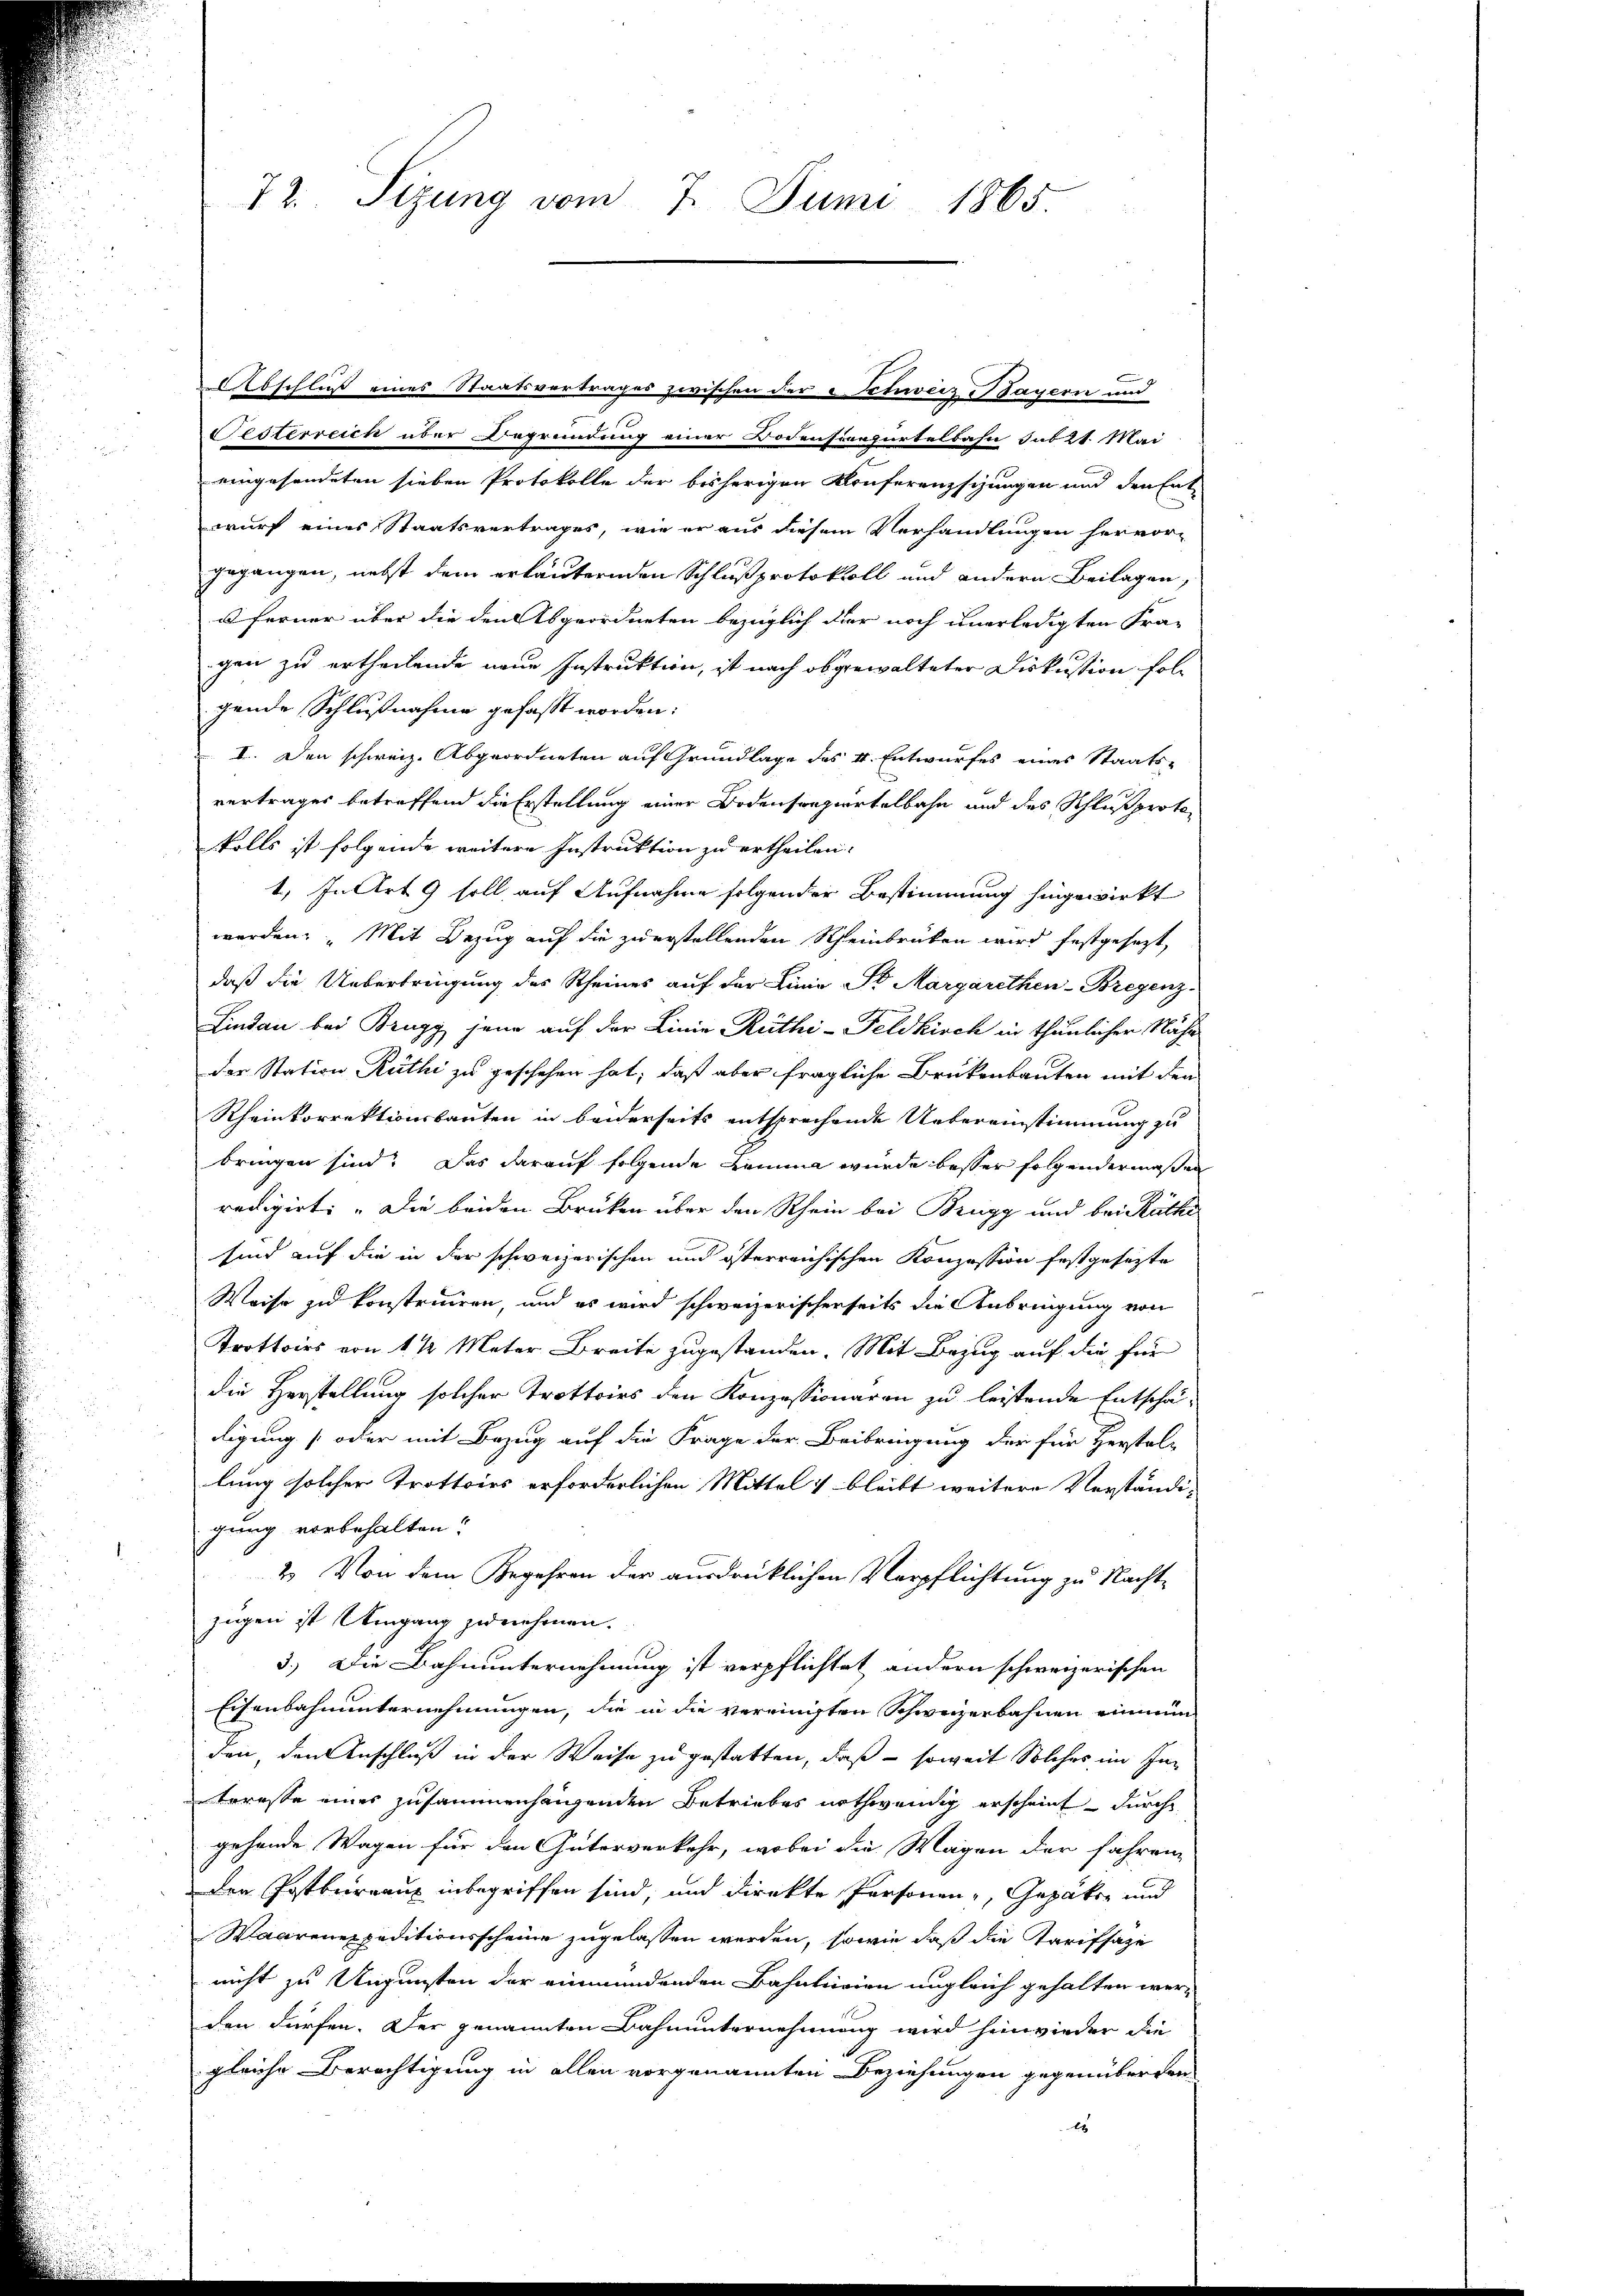
72. Sizung vom 7. Juni 1865.

Abschluß eines Staatsvertrages zwischen der Schweiz Bayern und
e
Festerreich über Begründung einer Bodensivepürtelbahn sub 21. Mai
eingesendeten sieben Protokolle der bisherigen Konferenzsizungen und den Entwurf eines Staatsvertrages, wie er aus diesem Verhandlungen hervor-
gegangen, nebst dem erläuternden Schlußprotokoll und andern Beilagen,
u ferner über die den Abgeordneten bezüglich dier noch unerledigten Fra-
gen zu ertheilende neue Instruktion, ist nach obgewalteter Diskussion folgende Schlußnahme gefaßt worden:
I. Den schweiz. Abgeordneten auf Grundlage des 4. Entwurfes eines Staats-
vertrages betreffend die Erstellung einer Bodenspapiertelbahn und des Schlußprotofalls ist folgende weitere Instruktion zu ertheilen.
1. In Art. 9 soll auf Aufnahme folgender Bestimmung hingewirkt
werden: „Mit Bezug auf die zuerstellenden Rheinbrücken wird festgesezt,
daß die Ueberbringung des Rheines auf der Linie No Margarethen-Bregenz
Lindau bei Brugg jene auf der Linie Rüthi-Feldkirch in thunlicher Nähe
der Station Rüthi zu geschehen hat; daß aber fragliche Brükenbauten mit den
Rheinkorrektionsbauten in beiderseits entsprechende Uebereinstimmung zu
bringen sind. Das darauf folgende Lemma wurde besser folgendermaßen
redigirt: „Die beiden Brüken über den Rhein bei Brugg und bei Räthe
sind auf die in der schweizerischen und österreichischen Konzession festgesezte
Weise zu konstruiren, und es wird schweizerischerseits die Anbringung von
Trottoirs von 1 ½ Meter Breite zugestanden. Mit Bezug auf die für
die Herstellung solcher Trottoirs den Konzessionaren zu leistende Entschädigung (oder mit Bezug auf die Frage der Beibringung der für Herstel-
lung solcher Trottoirs erforderlichen Mittel & bleibt weitere Verständi-
gung vorbehalten?
2. Von dem Begehren der ausdrücklichen Verpflichtung zu Nachtzügen ist Umgang zunehmen.
3.) Die Bahnunternehmung ist verpflichtet andern schweizerischen
Eisenbahnunternehmungen, die in die vereinigten Schweizerbahnen einmün
den, den Anschluß in der Weise zu gestatten, daß – soweit Solcher im Interesse eines zusammenhängenden Betriebes nothwendig erscheint – durch
gehende Wagen für den Güterverkehr, wobei die Wagen der fahren
den Postbeirranz inbegriffen sind; und direkte Personen Gepäker und
Waarenexpeditionsscheine zugelassen werden, sowie daß die Tarifsaze
nicht zu Ungunsten der einmündenden Bahnturien ungleich gehalten wer-
den dürfen. Der genannten Bahnunternehmung wird hinwieder die
gleiche Berechtigung in allen vorgenannten Beziehungen gegenüberden
t